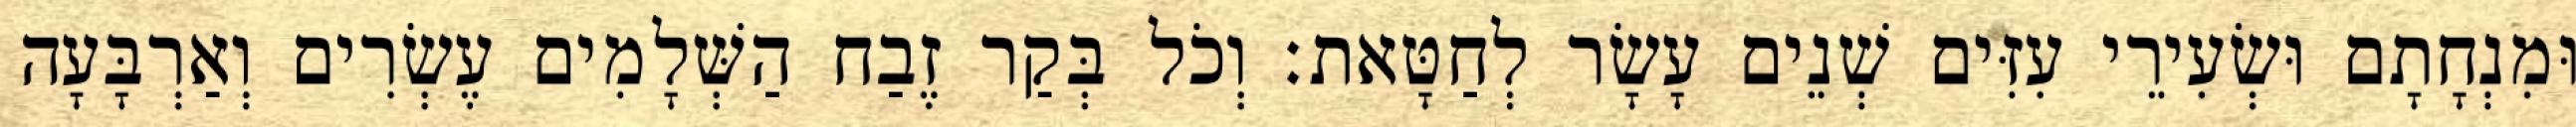
וּמִנְחָתָם וּשְׂעִירֵי עִזִּים שְׁנֵים עָשָׂר לְחַטָּאת׃ וְכֹל בְּקַר זֶבַח הַשְּׁלָמִים עֶשְׂרִים וְאַרְבָּעָה